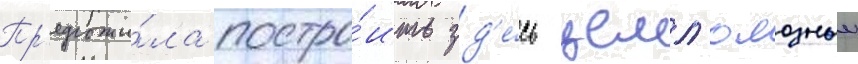
Пр'едложи́ла постро́ить зд'е́сь целл'юлозныи